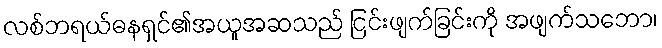
လစ်ဘရယ်ဓနရှင်၏အယူအဆသည် ငြင်းဖျက်ခြင်းကို အဖျက်သဘော၊